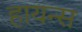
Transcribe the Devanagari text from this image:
हायन्स